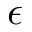
\epsilon